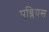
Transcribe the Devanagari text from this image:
पुब्लियस